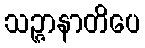
သဉ္ဇာနာတိပေ